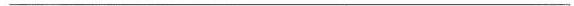
___